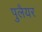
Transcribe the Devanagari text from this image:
पुलैयर